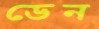
ডেন